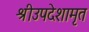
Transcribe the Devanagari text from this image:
श्रीउपदेशामृत